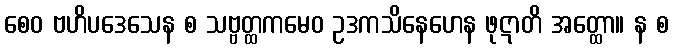
စေဝ ဗဟိပဒေသေန စ သဗ္ဗတ္ထကမေဝ ဥဒကသိနေဟေန ဖုဋာတိ အတ္ထော။ န စ